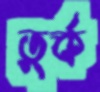
তুর্ক